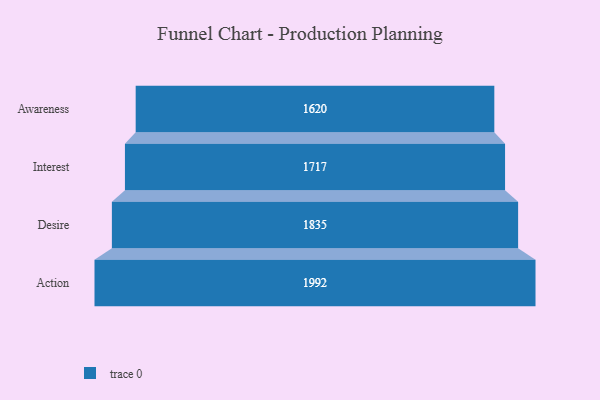
{"axis": {"x": "Stage", "y": "Value"}, "legend": [""], "data": [{"x": "Awareness", "y": 1620.0, "type": ""}, {"x": "Interest", "y": 1717.0, "type": ""}, {"x": "Desire", "y": 1835.0, "type": ""}, {"x": "Action", "y": 1992.0, "type": ""}]}